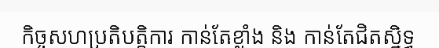
កិច្ចសហប្រតិបត្តិការ កាន់តែខ្លាំង និង កាន់តែជិតស្និទ្ធ